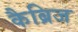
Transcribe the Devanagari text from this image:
कैब्रिज